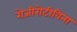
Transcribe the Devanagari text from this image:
रोजीरोटीविना